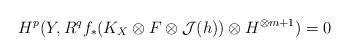
LaTeX: \begin{align*}H^p(Y, R^qf_*(K_X\otimes F\otimes \mathcal J(h))\otimes H^{\otimes m+1})=0\end{align*}